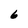
Character: 6